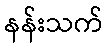
နန်းသက်